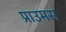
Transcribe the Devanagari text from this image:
प्राउमस